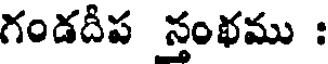
గండదీప స్తంథము :